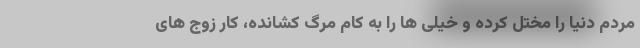
مردم دنیا را مختل کرده و خیلی ها را به کام مرگ کشانده، کار زوج های